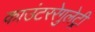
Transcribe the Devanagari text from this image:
काउंटररेगुलेट्री